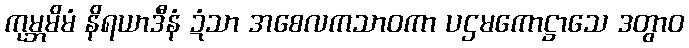
ကုမ္ဘမိမံ နိရယာဒီနံ ဍံသာ အစေလကသာဝကာ ပဌမကောဋ္ဌာသေ ဒတွာဝ